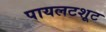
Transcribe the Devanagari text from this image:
पायलटशूट